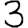
Digit: 3